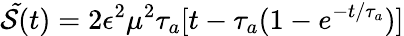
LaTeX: {\cal\tilde{S}}(t)=2\epsilon^{2}\mu^{2}\tau_{a}[t-\tau_{a}(1-e^{-t/\tau_{a}})]